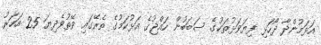
އަޅަމުންދާ ދޯހަޅި ފިޔަވަޅުތަކުގެ ސަބަބުން ހައްޖުގެ އަޅުކަމުގެ ތެރޭގައި ވޭތުވެދިޔަ 25 އަހަރު